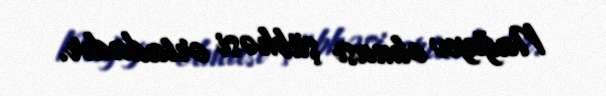
Nağıyev olması şübhəsi ortadadır.